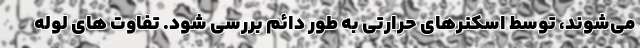
می‌شوند، توسط اسکنرهای حرارتی به طور دائم بررسی شود. تفاوت های لوله